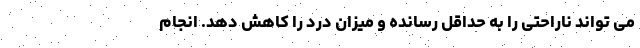
می تواند ناراحتی را به حداقل رسانده و میزان درد را کاهش دهد. انجام